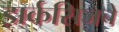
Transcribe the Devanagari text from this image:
झर्कसिजचे